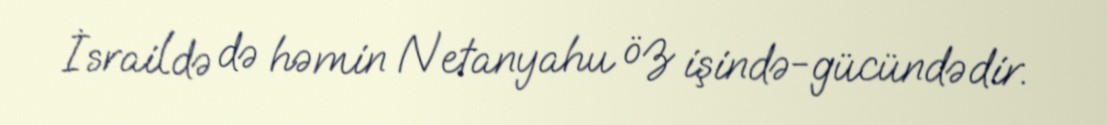
İsraildə də həmin Netanyahu öz işində-gücündədir.